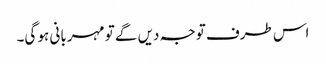
اس طرف توجہ دیں گے تو مہربانی ہو گی۔